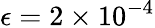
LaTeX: \epsilon=2\times 10^{-4}